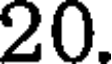
20.